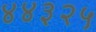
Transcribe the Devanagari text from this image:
४४३२५